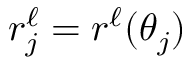
r _ { j } ^ { \ell } = r ^ { \ell } ( \theta _ { j } )